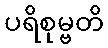
ပရိစုမ္ဗတိ